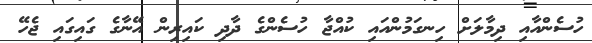
ހުސެންއާއި ދިމާލަށް ހިނގަމުންއައި ކުއްޖާ ހުސެންގެ ދާދި ކައިރިން އޭނާގެ ގައިގައި ޖެހޭ